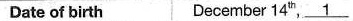
Date of birth December 14",\underline{1}